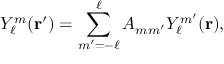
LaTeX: Y _ { \ell } ^ { m } ( { \mathbf { r } } ^ { \prime } ) = \sum _ { m ^ { \prime } = - \ell } ^ { \ell } A _ { m m ^ { \prime } } Y _ { \ell } ^ { m ^ { \prime } } ( { \mathbf { r } } ) ,